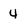
Character: 4